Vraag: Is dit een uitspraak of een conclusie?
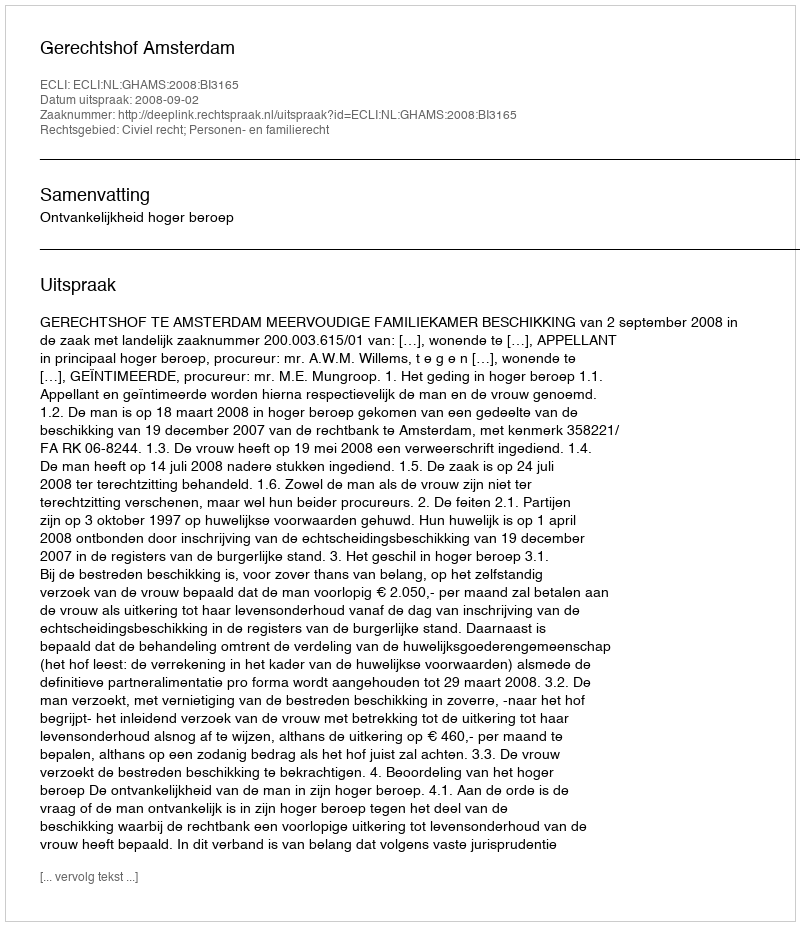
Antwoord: Uitspraak